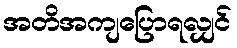
အတိအကျပြောရလျှင်